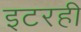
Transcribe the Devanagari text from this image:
इटरही